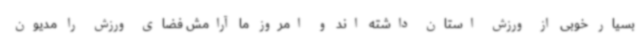
بسیار خوبی از ورزش استان داشته اند و امروز ما آرامش فضای ورزش را مدیون